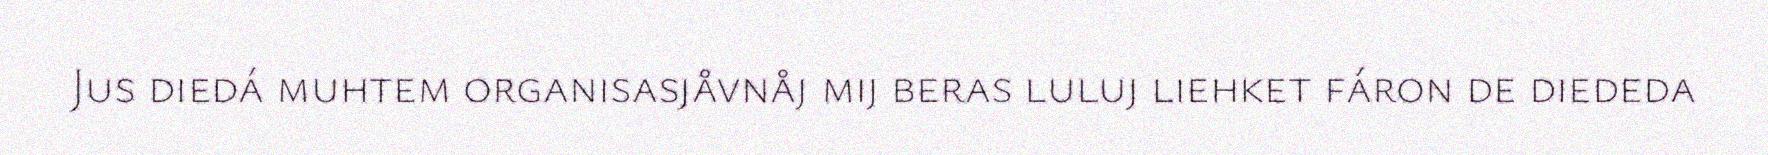
Jus diedá muhtem organisasjåvnåj mij beras luluj liehket fáron de diededa